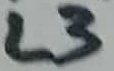
Text: L3